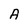
Character: A